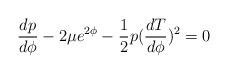
LaTeX: \begin{align*}\frac{dp}{d\phi} -2 \mu e^{2\phi}-\frac{1}{2} p (\frac{dT}{d\phi})^2=0\end{align*}